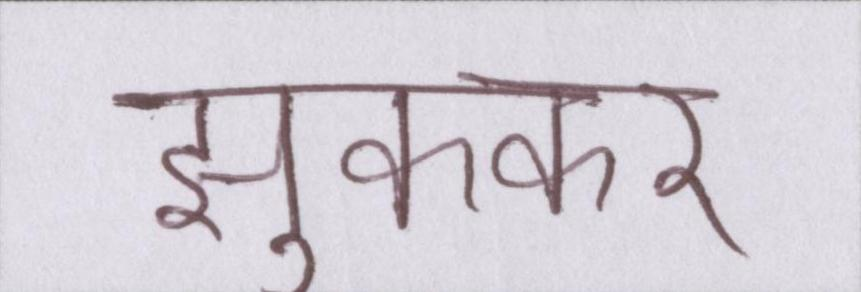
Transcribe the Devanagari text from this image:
झुककर